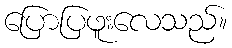
ပြောပြဖူးလေသည်။